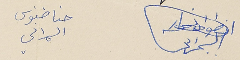
انطوان نصار السمراني حنا طنوس السمراني